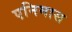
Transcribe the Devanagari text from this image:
एनिमास